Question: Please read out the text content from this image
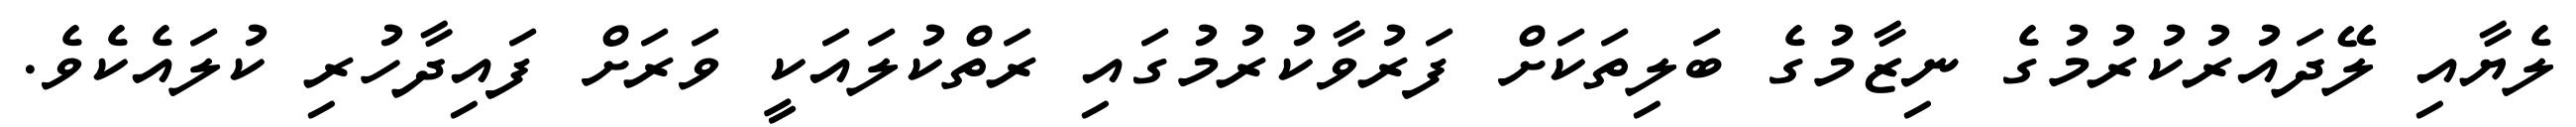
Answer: ލެޔާއި ލޭދައުރުކުރުމުގެ ނިޒާމުގެ ބަލިތަކަށް ފަރުވާކުރުމުގައި ރަތްކުލައަކީ ވަރަށް ފައިދާހުރި ކުލައެކެވެ.